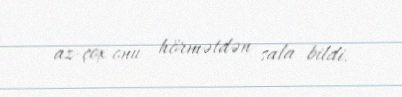
az-çox onu hörmətdən sala bildi.